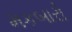
મકબારો